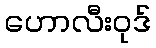
ဟောလီးဝုဒ်